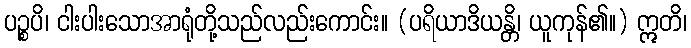
ပဉ္စပိ၊ ငါးပါးသောအာရုံတို့သည်လည်းကောင်း။ (ပရိယာဒိယန္တိ၊ ယူကုန်၏။) ဣတိ၊